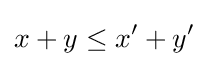
x+y\leq x'+y'